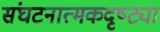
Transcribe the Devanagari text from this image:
संघटनात्मकदृष्ट्या